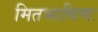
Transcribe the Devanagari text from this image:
मितभाषिणः